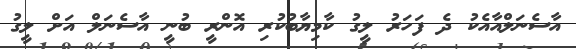
އާސެނަލްއާއެކު ދެ ފަހަރު ލީގު ކާމިޔާބުކުރި އޮންރީ ބުނީ އާސެނަލް އަށް ލީގު